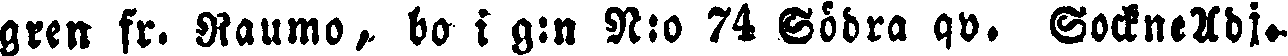
gren fr. Raumo, bo i g:n N:o 74 Södra gv. SockneAdj-